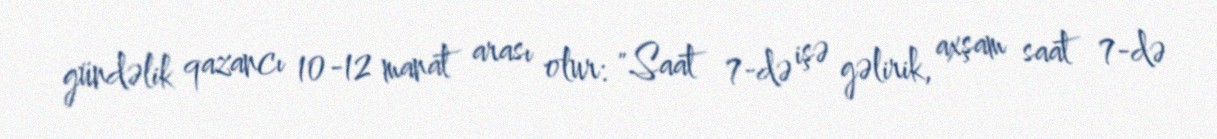
gündəlik qazancı 10-12 manat arası olur: "Saat 7-də işə gəlirik, axşam saat 7-də